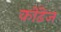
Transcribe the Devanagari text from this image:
कोंढेज